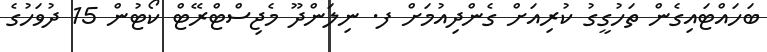
ބަހައްޓައިގެން ތަހުގީގު ކުރިއަށް ގެންދިއުމަށް ފ. ނިލަންދޫ މެޖިސްޓްރޭޓް ކޯޓުން 15 ދުވަހުގެ